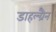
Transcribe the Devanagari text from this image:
डाहल्ग्रैन